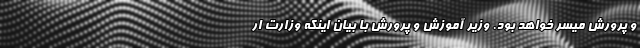
و پرورش میسر خواهد بود. وزیر آموزش و پرورش با بیان اینکه وزارت ار